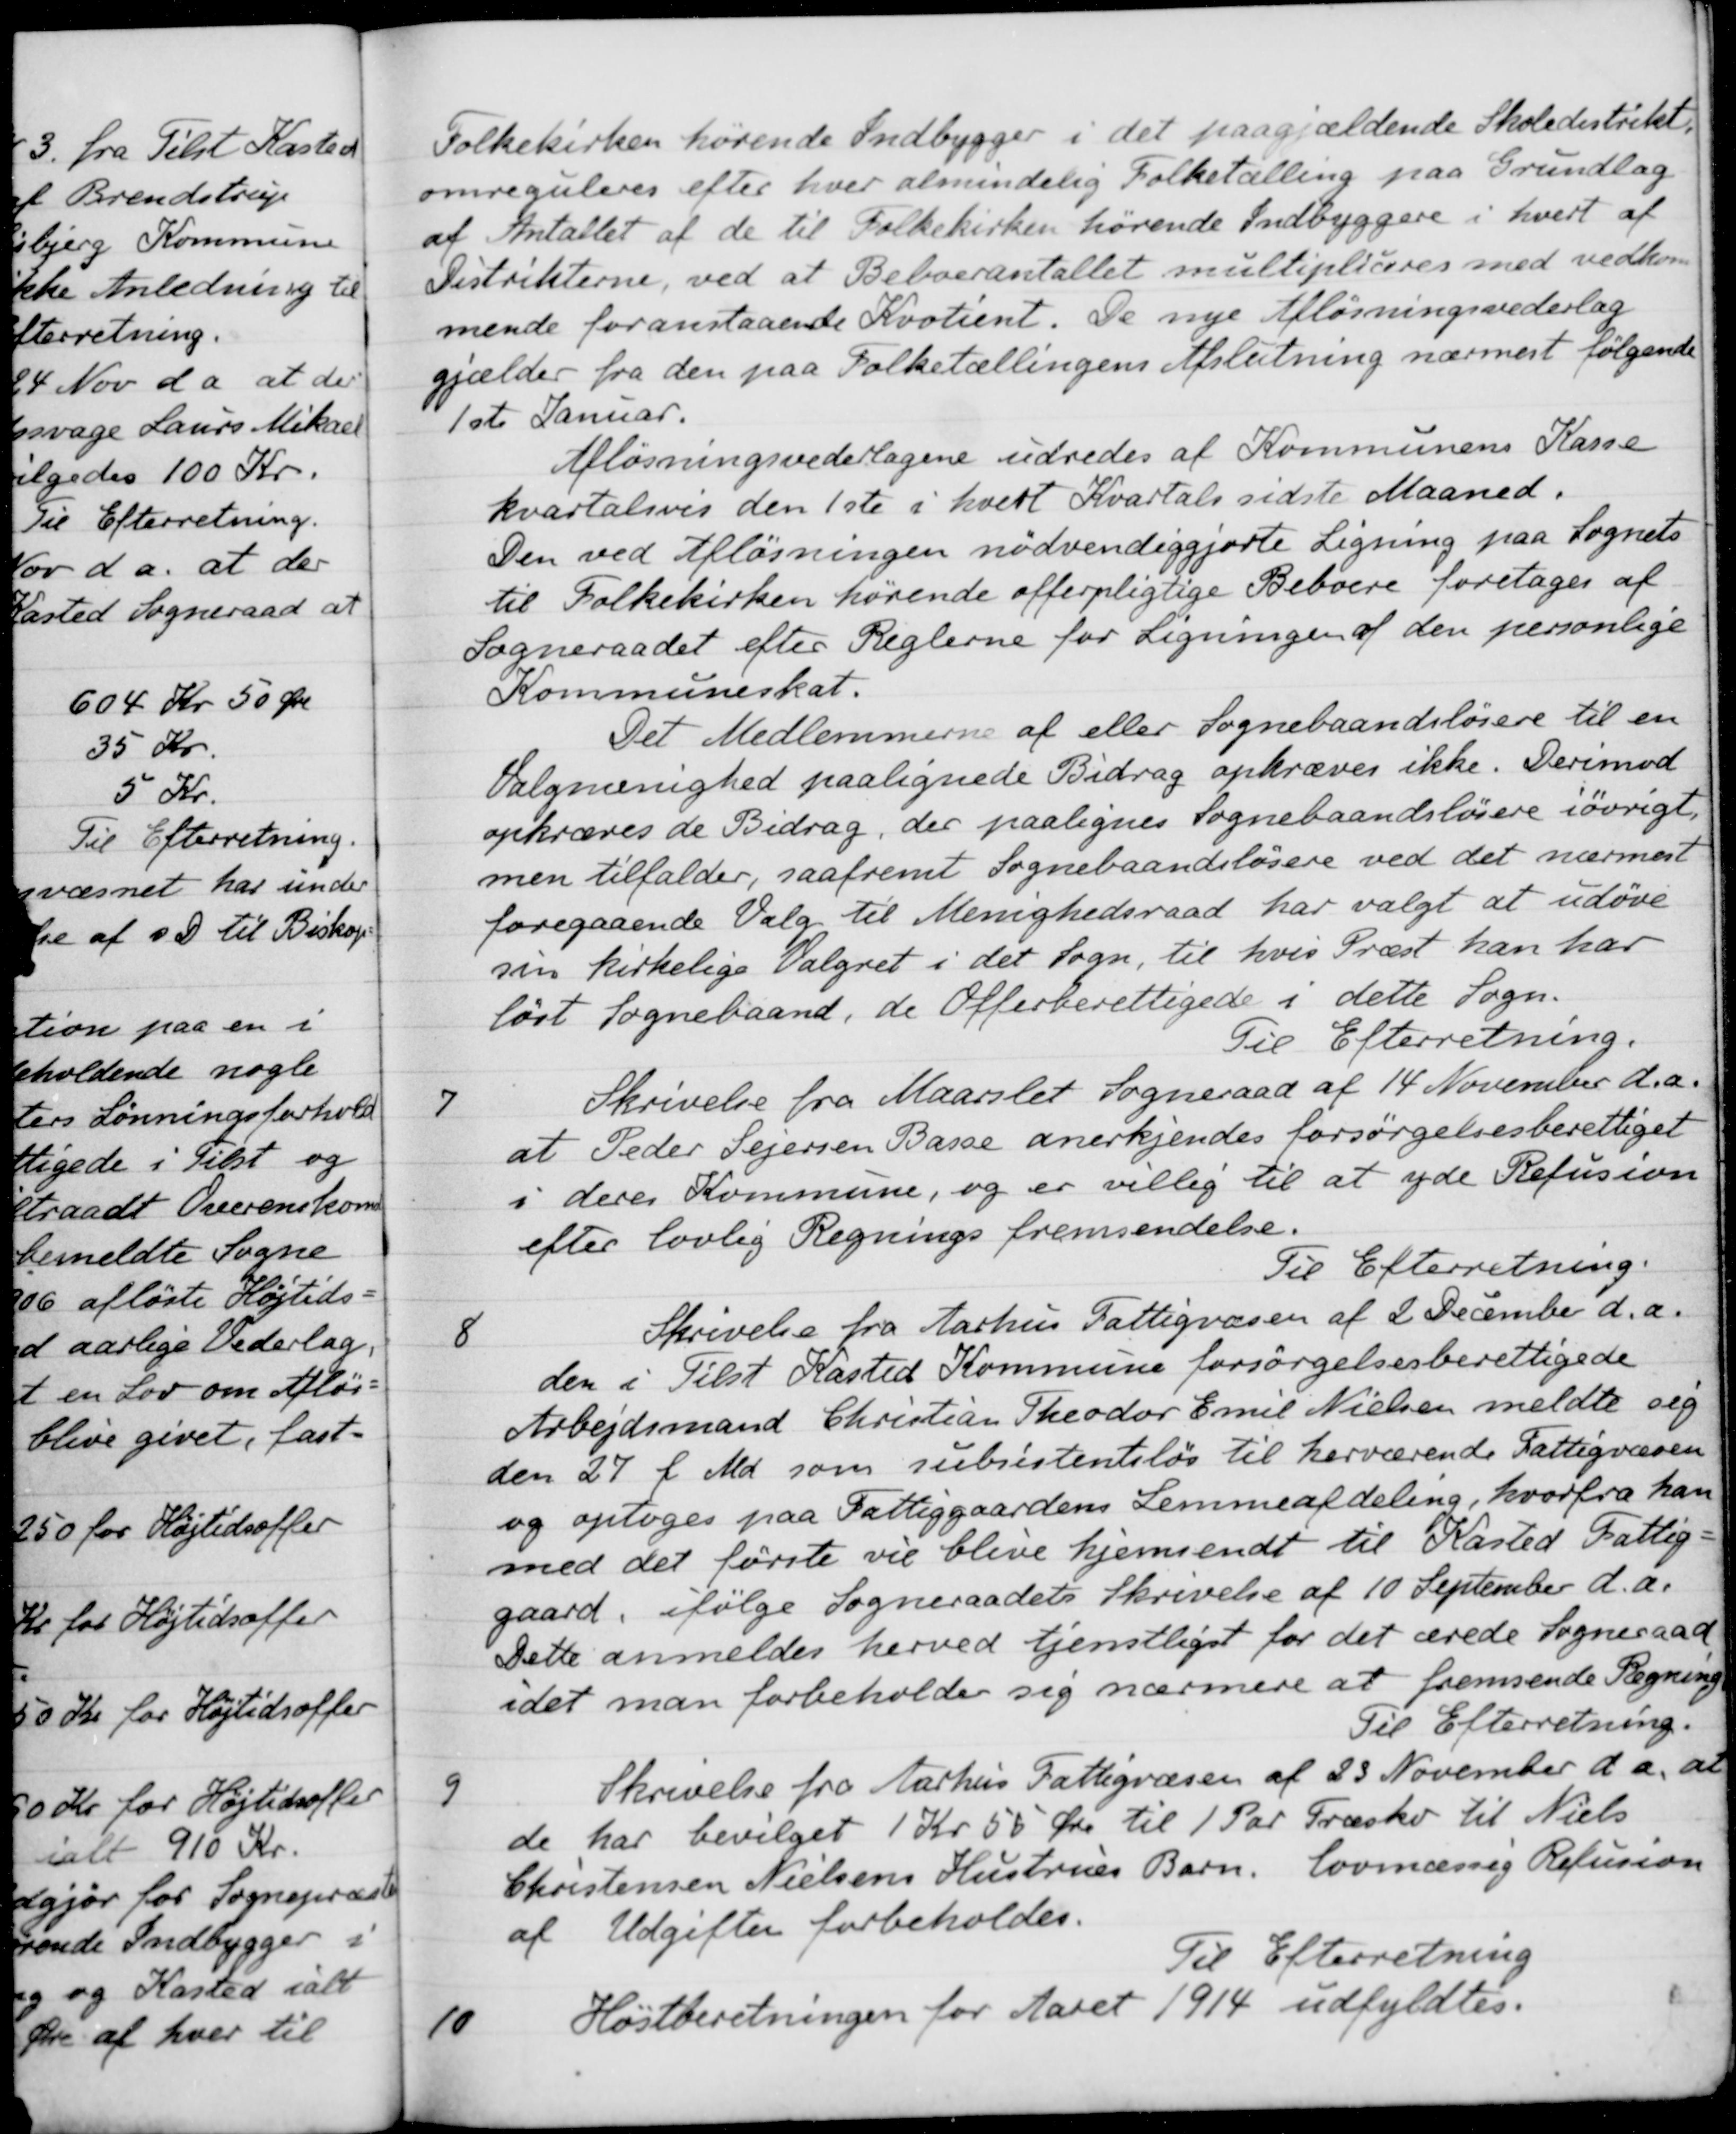
Transskription:
Folkekirken hørende Indbygger i det paagjældende Skoledistrikt.
omreguleres efter hver almindelig Folketælling paa Grundlag
af Antallet af de til Folkekirken hørende Indbyggere i hvert af
Distrikterne, ved at Beboerantallet multiplicres med vedkom
mende foranstaaende Kvotient. De nye Aflønningsvederlag
gjælder fra den paa Folketællingens Afslutning nærmest følgende
1ste Januar.
Aflønningsvederlagene udredes af Kommunens Kasse
kvartalsvis den 1ste i hvert Kvartals sidste Maaned.
Den ved Afløsningen nødvendiggjorte Ligning paa Sognets
til Folkekirken hørende offerpligtige Beboere foretages af
Sogneraadet efter Reglerne for Ligningen af den personlige
Kommuneskat.
Det Medlemmerne af eller Sognebaandsløsere til en
Valgmenighed paalignede Bidrag opkræves ikke. Derimod
opkræves de Bidrag, der paalignes Sognebaandsløsere iøvrigt,
men tilfalder, saafremt Sognebaandsløsere ved det nærmest
foregaaende Valg til Menighedsraad har valgt at udøve
sin kirkelige Valgret i det Sogn, til hvis Præst han har
løst Sognebaand, de Offerberettigede i dette Sogn.
Til Efterretning.
7
Skrivelse fra Maarslet Sogneraad af 14 November d. A.
at Peder Sejersen Basse anerkjendes forsørgelsesberettiget
i deres Kommune, og er villig til at yde Refusion
efter lovlig Regnings fremsendelse.
Til Efterretning.
8
Skrivelse fra Aarhus Fattigvæsen af 2 December d.a.
den i Tilst Kasted Kommune forsørgelsesberettigede
Arbejdsmand Christian Theodor Emil Nielsen meldte sig
den 27 f. Md. som subsistentsløs til herværende Fattigvæsen
og optoges paa Fattiggaardens Lemmeafdeling, hvorfra han
med det første vil blive hjemsendt til Kasted Fattig
gaard, ifølge Sogneraadets Skrivelse af 10 September d.a.
Dette anmeldes herved tjenstliget for det ærede Sogneraad
idet man forbeholder sig nærmere at fremsende Regning
Til Efterretning.
9
Skrivelse fra Aarhus Fattigvæsen af 23 November d. a. at
de har bevilget 1 Kr 55 Øre til 1 Par Træsko til Niels
Christensen Nielsens Hustrues Barn. lovmæssig Refusion
af Udgifter forbeholdes.
Til Efterretning
10
Høstberetningen for Aaret 1914 udfyldtes.